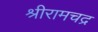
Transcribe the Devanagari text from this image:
श्रीरामचद्र